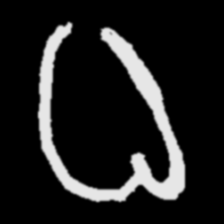
Pyu character \u2014 Myanmar letter: ဓ (romanized: dha)